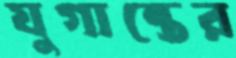
যুগান্তের